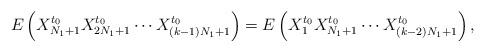
LaTeX: \begin{align*}E\left(X_{N_1 + 1}^{t_0} X_{2N_1 + 1}^{t_0}\cdots X_{(k-1)N_1 + 1}^{t_0}\right)= E\left(X_ 1^{t_0} X_{N_1 + 1}^{t_0}\cdots X_{(k-2)N_1 + 1}^{t_0}\right),\end{align*}